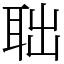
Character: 聉